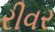
રીવર